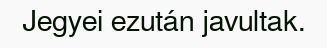
Jegyei ezután javultak.